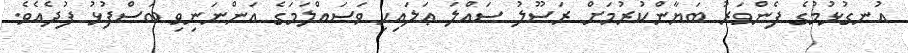
އުނގުޅުމުގެ ފެންވަރު ބަޔާންކުރުމަށް ރަސޫލު ޞައްލަ ޢަލައިހި ވަސައްލަމަގެ އަންނަނިވި ބަސްފުޅު ފުދެއެވެ.